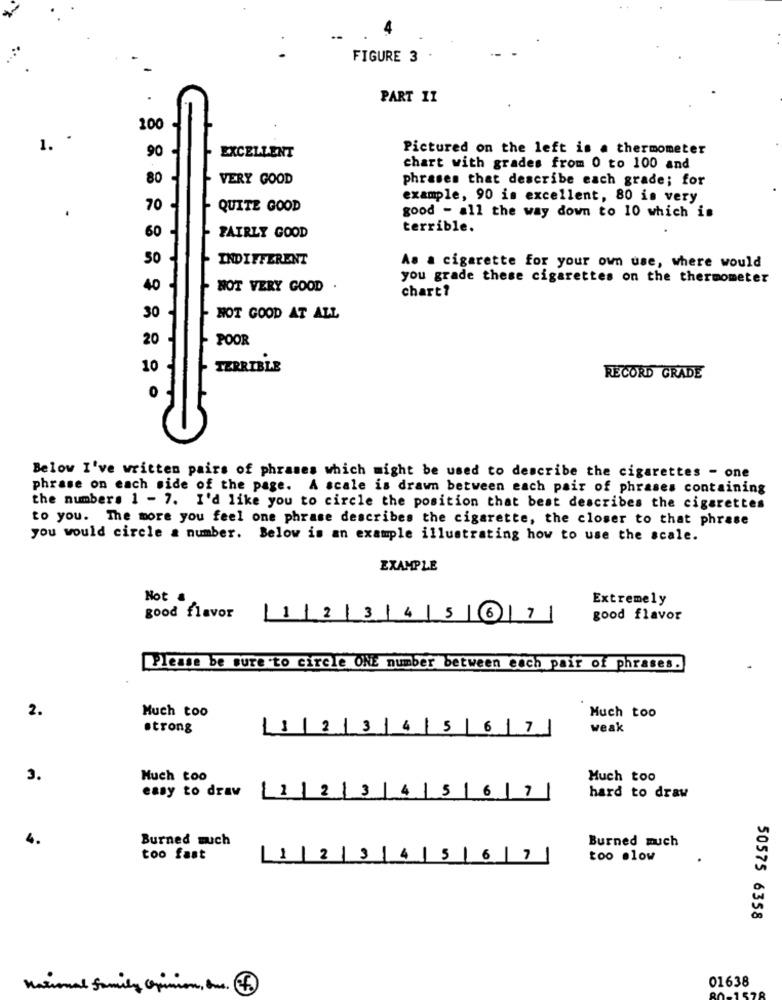
FIGURE 3
PART 11
100
1.
90
Pictured on the left is a thermometer
EXCELLENT
chart with grades from 0 to 100 and
80
VERY GOOD
phrases that describe each grade; for
example, 90 is excellent, 80 is very
.
70
QUITE GOOD
good - all the way down to 10 which is
60
terrible.
FAIRLY GOOD
50
INDIFFERENT
As a cigarette for your own use, where would
you grade these cigarettes on the thermometer
40
NOT VERY GOOD .
chart?
30
NOT GOOD AT ALL
20
POOR
10
TERRIBLE
RECORD GRADE
Below I've written pairs of phrases which might be used to describe the cigarettes - one
phrase on each side of the page. A scale is drawn between each pair of phrases containing
the numbers 1 - 7. I'd like you to circle the position that best describes the cigarettes
to you. The more you feel one phrase describes the cigarette, the closer to that phrase
you would circle & number. Below is an example illustrating how to use the scale.
EXAMPLE
Hot &
Extremely
good flavor
1234567
good flavor
Please be sure to circle ONE number between each pair of phrases.
2.
Much too
Much too
strong
1234 5 6 7/
weak
3.
Much too
Much too
easy to draw 2 1 2
3
5
6
hard to draw
4.
Burned much
Burned much
too fast
11
2
3 4
5
7
too slow
50575 6358
01638
National family opinion , And .